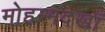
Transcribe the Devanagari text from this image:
मोहम्मदखाँ